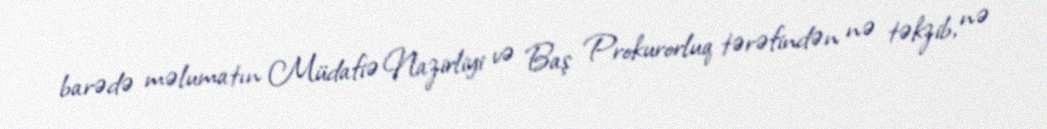
barədə məlumatın Müdafiə Nazirliyi və Baş Prokurorluq tərəfindən nə təkzib, nə